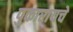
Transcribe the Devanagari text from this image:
पुकारायचे